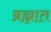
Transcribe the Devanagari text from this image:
ब्रह्मात